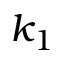
k _ { 1 }